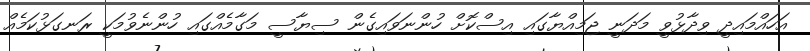
އަހައްމައިދީ ވިދާޅުވީ މަދަނީ ޖަމިއްޔާގައި އިސްކޮށް ހުންނަވައިގެން ސިޔާސީ މަގާމެއްގައި ހުންނެވުމަކީ ރަނގަޅުކަމެއް